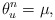
\begin{align*}\theta_u^n = \mu,\end{align*}